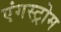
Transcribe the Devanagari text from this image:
एंगस्ट्रोम